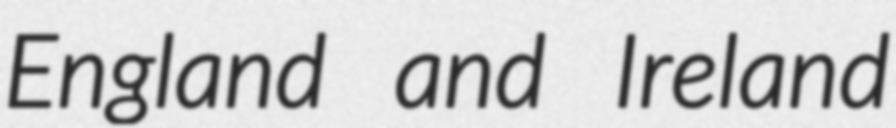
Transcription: England and Ireland